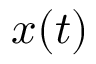
{ \boldsymbol x } ( t )